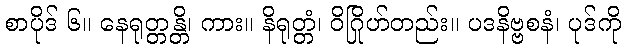
စာပိုဒ် ၆။ နေရုတ္တန္တိ၊ ကား။ နိရုတ္တံ၊ ဝိဂြိုဟ်တည်း။ ပဒနိဗ္ဗစနံ၊ ပုဒ်ကို